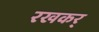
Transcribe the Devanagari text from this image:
रखकर्